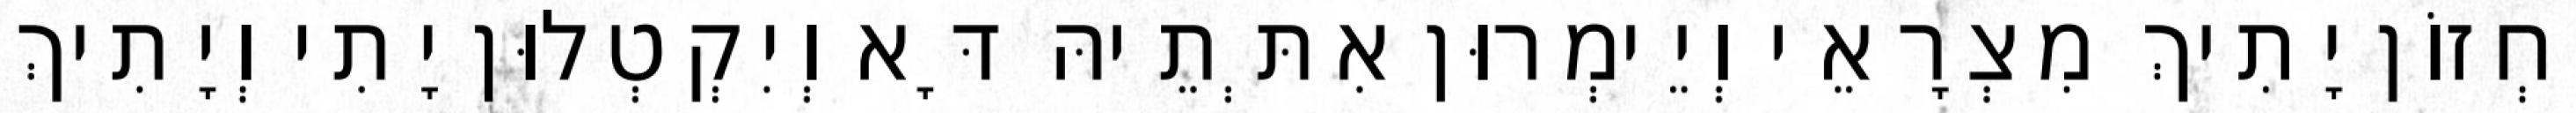
יִחְזוֹן יָתִיךְ מִצְרָאֵי וְיֵימְרוּן אִתְּתֵיהּ דָּא וְיִקְטְלוּן יָתִי וְיָתִיךְ